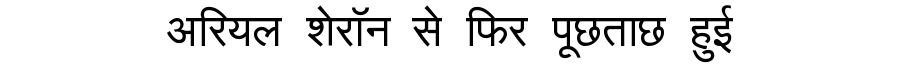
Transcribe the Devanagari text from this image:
अरियल शेरॉन से फिर पूछताछ हुई